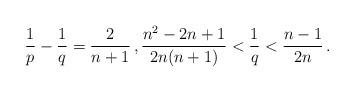
LaTeX: \begin{align*}\frac1p-\frac1q=\frac{2}{n+1}\,,\frac{n^2-2n+1}{2n(n+1)}<\frac1q< \frac{n-1}{2n} \,.\end{align*}